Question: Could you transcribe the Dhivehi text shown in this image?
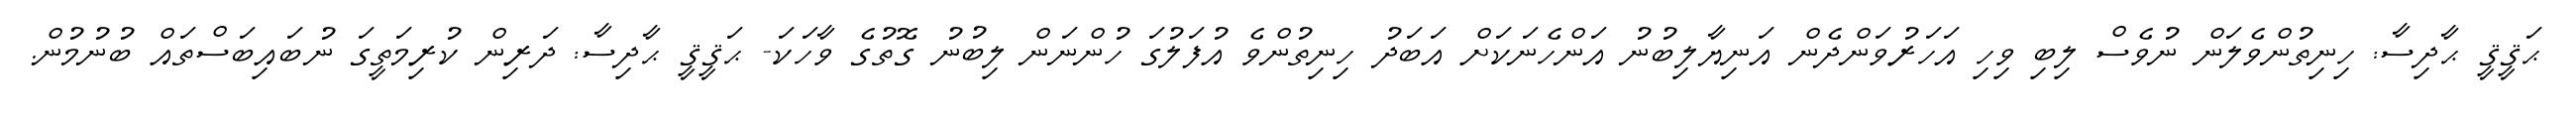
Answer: ޙަޤީޤީ ޙާދިސާ: ހިނިތުންވެލަން ނުވެސް ލިބި ވިހި އަހަރުވަންދެން އަނިޔާލިބުނު އަންހެނަކަށް އަބަދު ހިނިތުންވެ އުފަލުގަ ހުންނަން ލިބުނު ގޮތުގެ ވާހަކަ- ޙަޤީޤީ ޙާދިސާ: ދަރިން ކުރިމަތީގަ ނުބައިބަސްތައް ބުނުމުން.